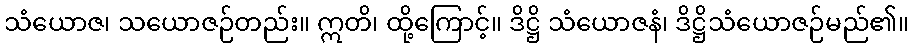
သံယောဇ၊ သယောဇဉ်တည်း။ ဣတိ၊ ထို့ကြောင့်။ ဒိဋ္ဌိ သံယောဇနံ၊ ဒိဋ္ဌိသံယောဇဉ်မည်၏။